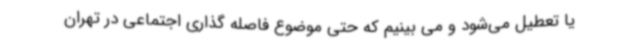
یا تعطیل می‌شود و می بینیم که حتی موضوع فاصله گذاری اجتماعی در تهران